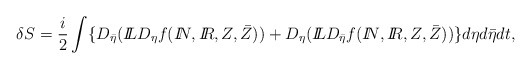
\begin{align*}\delta S = \frac{i}{2}\int \{D_{\bar \eta}({I\!\!L} D_{\eta}f({I\!\!N},{I\!\!R}, Z, \bar Z)) + D_{\eta}({I\!\!L} D_{\bar \eta}f({I\!\!N},{I\!\!R}, Z, \bar Z)) \}d\eta d\bar\eta dt, \end{align*}